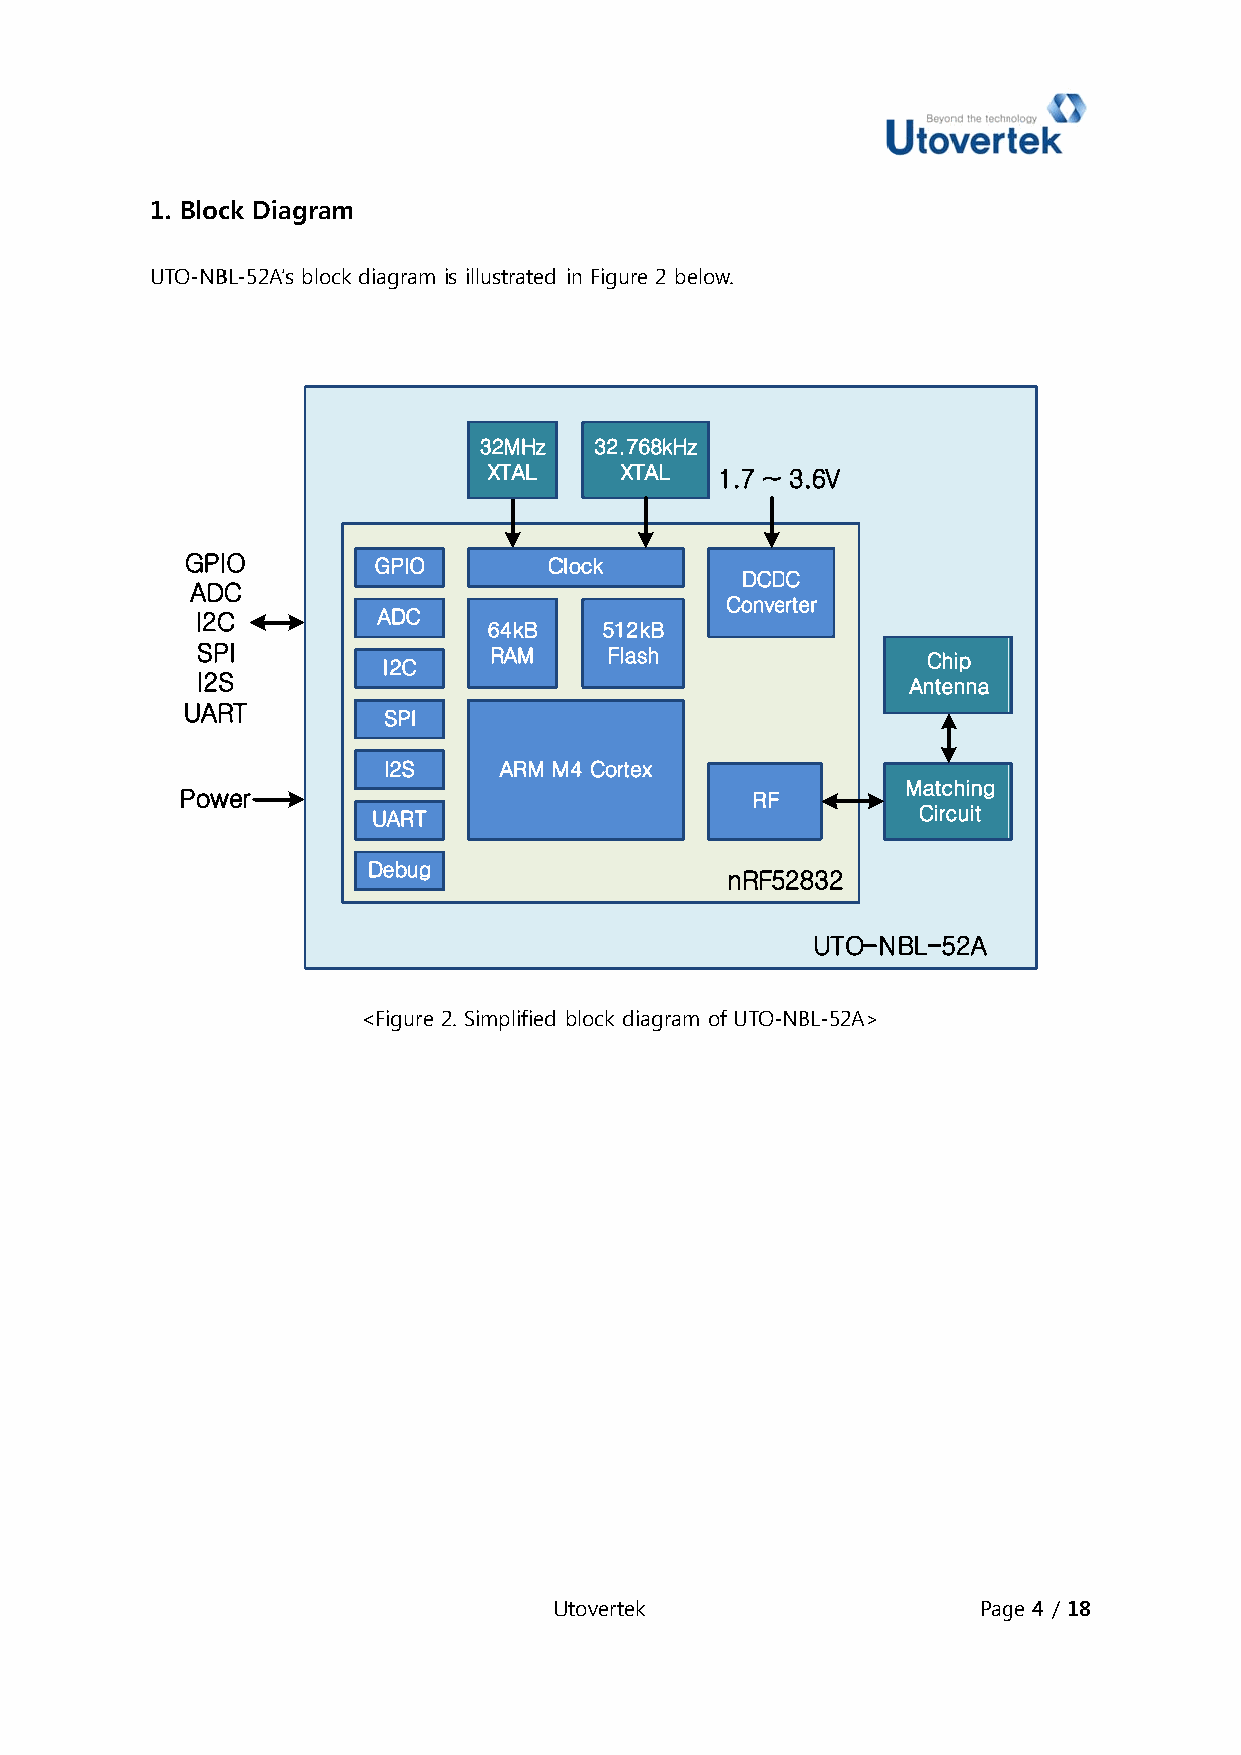
1. Blocck Diagramm
 UTO-NBBL-52A’s blocck diagram is illustrated in Figure 2 below.
 32MHz  32.768kHz
 XTAL     XTAL  1.7 ~ 3.6V
 GPIO         GPIO       CClock
 DCDC
 ADC
 Converter
 I2CC        ADC
 64kB    512kB
 SPPI               RAM     Flash                Chip
 I2C
 I2SS                                           Antenna
 UARRT
 SPI
 I2S     ARM MM4 Cortex
 Matching
 Powwer                                RF
 UART                                Circuit
 Debug
 nRF52832
 UTO-NBL-52A
 <Figure 22. Simplified block diagraam of UTO-NBL-52A>
 UUtovertek                  Pagge 4 / 18